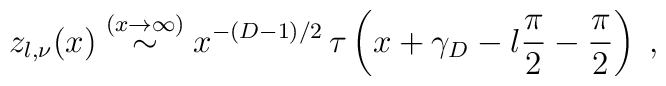
z_{l,\nu} (x) \stackrel{(x \rightarrow \infty ) }{\sim}x^{-(D-1)/2}\,\tau \left( x +\gamma_{D}- l \frac{\pi}{2} - \frac{\pi}{2}\right)\;  ,